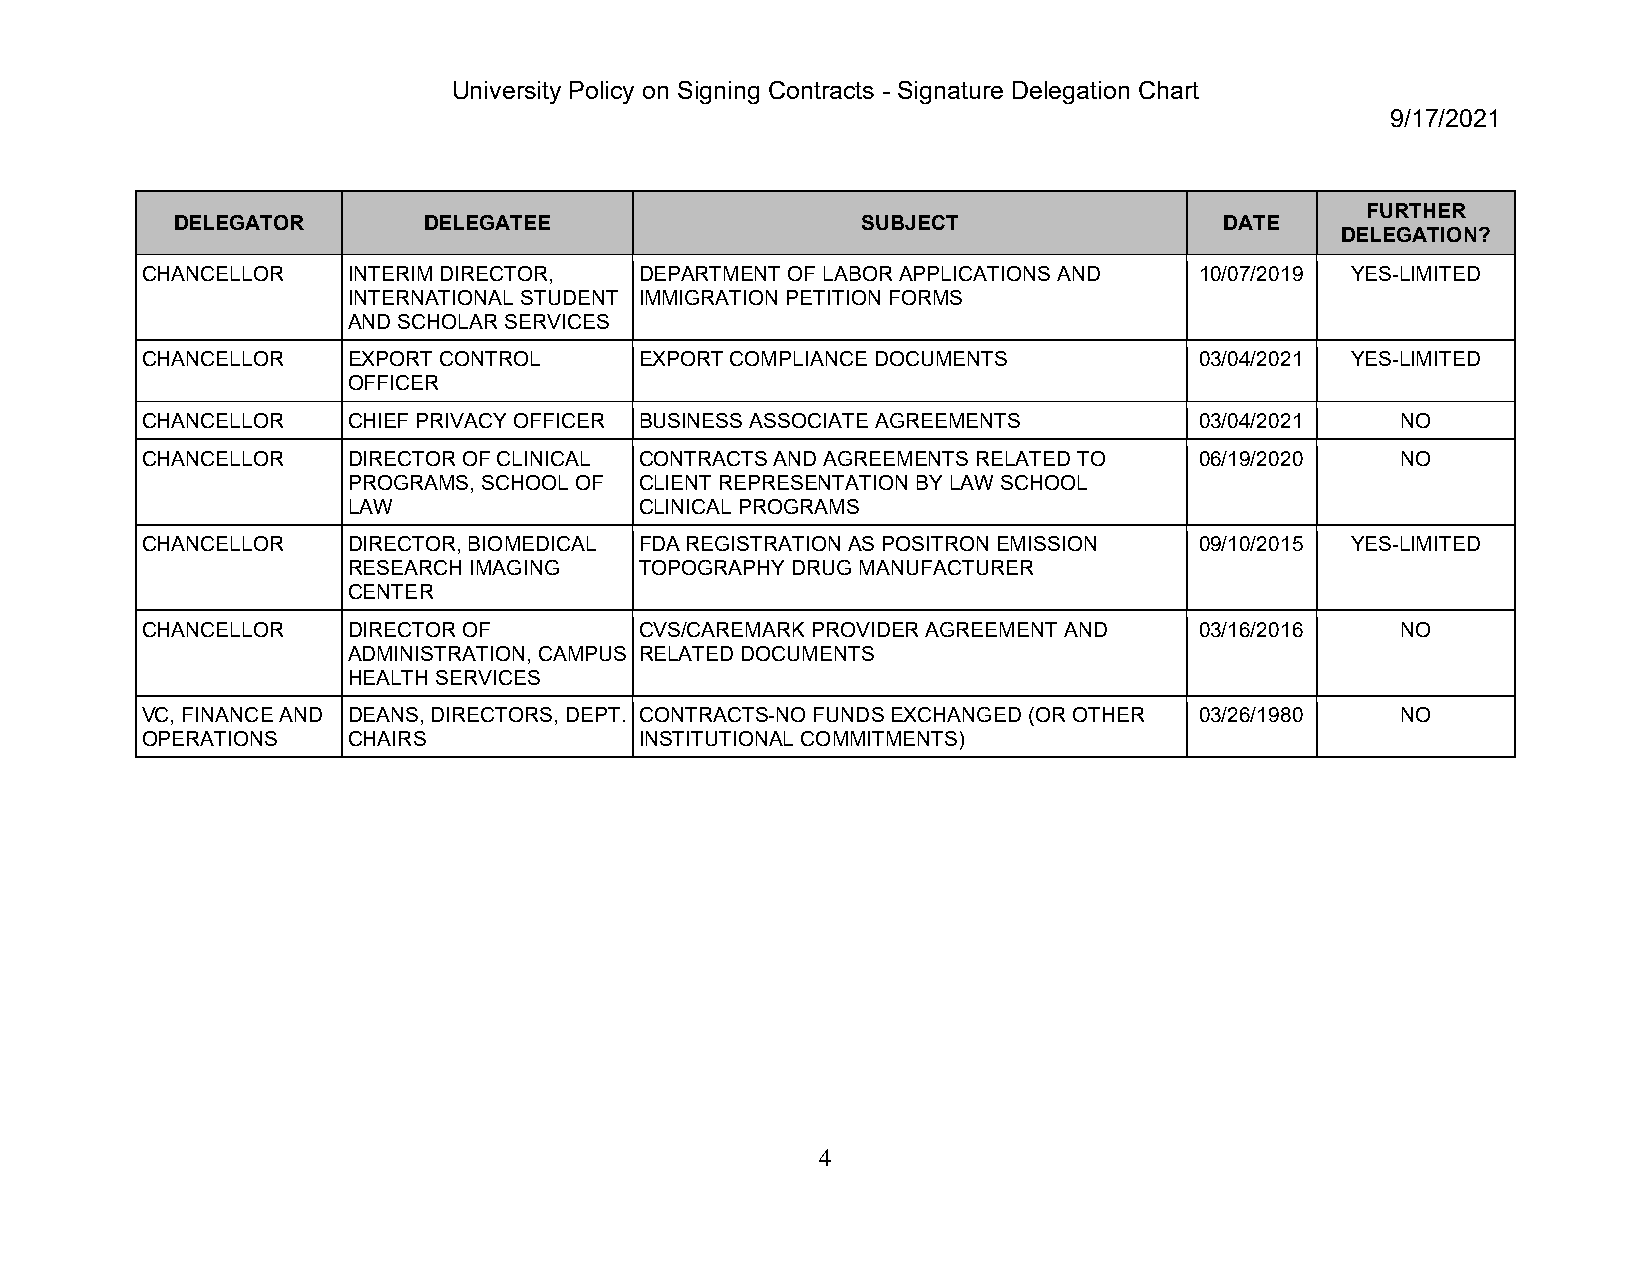
University Policy on Signing Contracts - Signature Delegation Chart
 9/17/2021
 FURTHER
 DELEGATOR        DELEGATEE                    SUBJECT                 DATE
 DELEGATION?
 CHANCELLOR    INTERIM DIRECTOR,  DEPARTMENT OF LABOR APPLICATIONS AND 10/07/2019 YES-LIMITED
 INTERNATIONAL STUDENT IMMIGRATION PETITION FORMS
 AND SCHOLAR SERVICES
 CHANCELLOR    EXPORT CONTROL     EXPORT COMPLIANCE DOCUMENTS          03/04/2021 YES-LIMITED
 OFFICER
 CHANCELLOR    CHIEF PRIVACY OFFICER BUSINESS ASSOCIATE AGREEMENTS     03/04/2021    NO
 CHANCELLOR    DIRECTOR OF CLINICAL CONTRACTS AND AGREEMENTS RELATED TO 06/19/2020   NO
 PROGRAMS, SCHOOL OF CLIENT REPRESENTATION BY LAW SCHOOL
 LAW                CLINICAL PROGRAMS
 CHANCELLOR    DIRECTOR, BIOMEDICAL FDA REGISTRATION AS POSITRON EMISSION 09/10/2015 YES-LIMITED
 RESEARCH IMAGING   TOPOGRAPHY DRUG MANUFACTURER
 CENTER
 CHANCELLOR    DIRECTOR OF        CVS/CAREMARK PROVIDER AGREEMENT AND  03/16/2016    NO
 ADMINISTRATION, CAMPUS RELATED DOCUMENTS
 HEALTH SERVICES
 VC, FINANCE AND DEANS, DIRECTORS, DEPT. CONTRACTS-NO FUNDS EXCHANGED (OR OTHER 03/26/1980 NO
 OPERATIONS    CHAIRS             INSTITUTIONAL COMMITMENTS)
 4